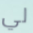
لي